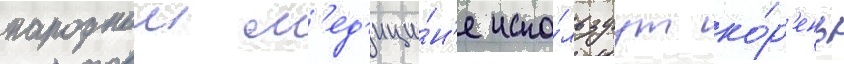
народнои м'ед'ици́н'е испо́льзуут ко́р'ень